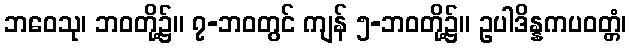
ဘဝေသု၊ ဘဝတို့၌။ ၇-ဘဝတွင် ကျန် ၅-ဘဝတို့၌။ ဥပါဒိန္နကပဝတ္တံ၊